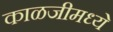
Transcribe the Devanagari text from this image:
काळजीमध्ये